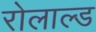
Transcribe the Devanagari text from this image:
रोलाल्ड